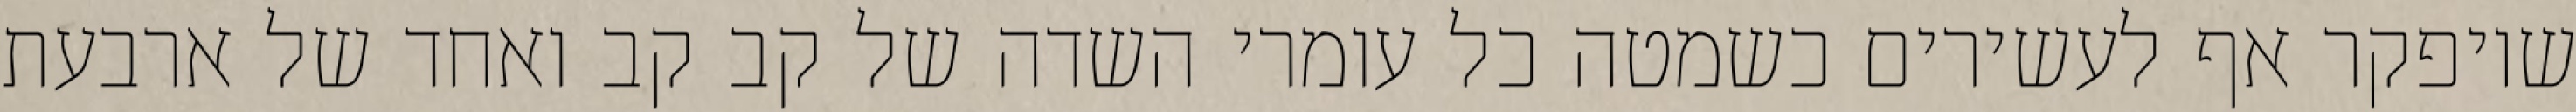
שיופקר אף לעשירים כשמטה כל עומרי השדה של קב קב ואחד של ארבעת